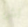
أش